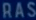
ras